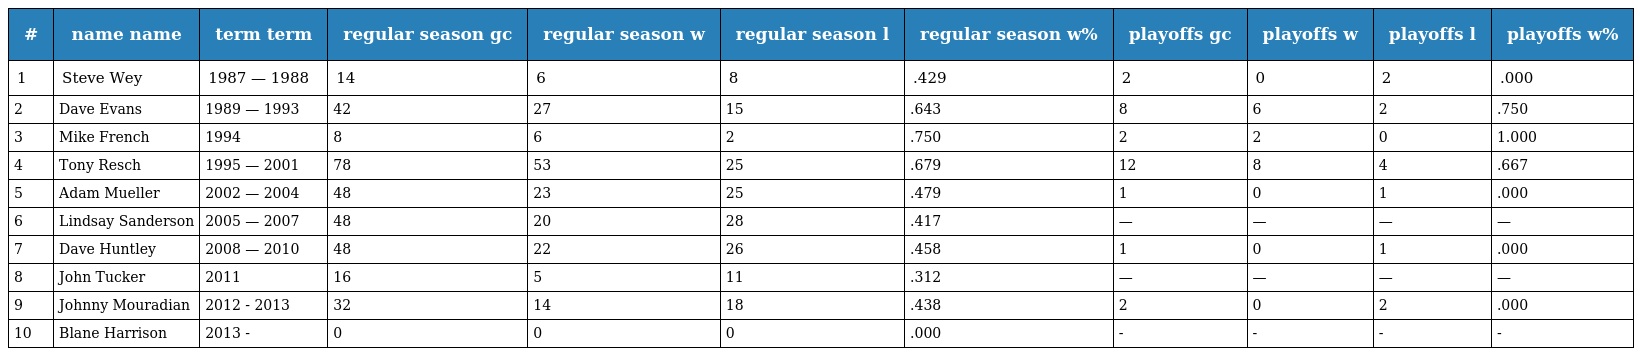
| # | name name | term term | regular season gc | regular season w | regular season l | regular season w% | playoffs gc | playoffs w | playoffs l | playoffs w% |
 | --- | --- | --- | --- | --- | --- | --- | --- | --- | --- | --- |
 | 1 | Steve Wey | 1987 — 1988 | 14 | 6 | 8 | .429 | 2 | 0 | 2 | .000 |
 | 2 | Dave Evans | 1989 — 1993 | 42 | 27 | 15 | .643 | 8 | 6 | 2 | .750 |
 | 3 | Mike French | 1994 | 8 | 6 | 2 | .750 | 2 | 2 | 0 | 1.000 |
 | 4 | Tony Resch | 1995 — 2001 | 78 | 53 | 25 | .679 | 12 | 8 | 4 | .667 |
 | 5 | Adam Mueller | 2002 — 2004 | 48 | 23 | 25 | .479 | 1 | 0 | 1 | .000 |
 | 6 | Lindsay Sanderson | 2005 — 2007 | 48 | 20 | 28 | .417 | — | — | — | — |
 | 7 | Dave Huntley | 2008 — 2010 | 48 | 22 | 26 | .458 | 1 | 0 | 1 | .000 |
 | 8 | John Tucker | 2011 | 16 | 5 | 11 | .312 | — | — | — | — |
 | 9 | Johnny Mouradian | 2012 - 2013 | 32 | 14 | 18 | .438 | 2 | 0 | 2 | .000 |
 | 10 | Blane Harrison | 2013 - | 0 | 0 | 0 | .000 | - | - | - | - |